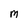
Character: M